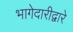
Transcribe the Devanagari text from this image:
भागेदारीद्वारे